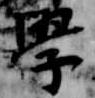
学